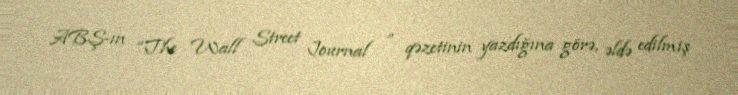
ABŞ-ın “The Wall Street Journal ” qəzetinin yazdığına görə, əldə edilmiş